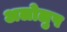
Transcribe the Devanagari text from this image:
अलोलुप